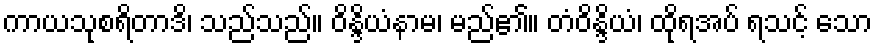
ကာယသုစရိတာဒိ၊ သည်သည်။ ဝိန္ဒိယံနာမ၊ မည်၏။ တံဝိန္ဒိယံ၊ ထိုရအပ် ရသင့် သော